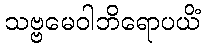
သဗ္ဗမေဝါဘိရောပယိံ